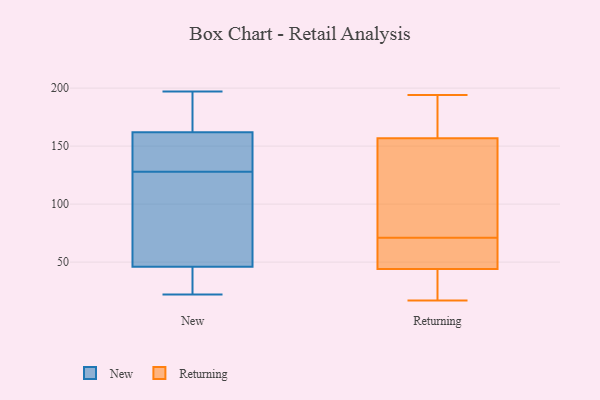
{"axis": {"x": "Conversion Rate (%)", "y": "Value"}, "legend": ["New", "Returning"], "data": [{"x": "", "y": 161, "type": "New"}, {"x": "", "y": 128, "type": "New"}, {"x": "", "y": 162, "type": "New"}, {"x": "", "y": 23, "type": "New"}, {"x": "", "y": 197, "type": "New"}, {"x": "", "y": 27, "type": "New"}, {"x": "", "y": 161, "type": "New"}, {"x": "", "y": 172, "type": "New"}, {"x": "", "y": 126, "type": "New"}, {"x": "", "y": 22, "type": "New"}, {"x": "", "y": 51, "type": "New"}, {"x": "", "y": 33, "type": "New"}, {"x": "", "y": 91, "type": "New"}, {"x": "", "y": 192, "type": "New"}, {"x": "", "y": 46, "type": "New"}, {"x": "", "y": 162, "type": "New"}, {"x": "", "y": 181, "type": "New"}, {"x": "", "y": 128, "type": "New"}, {"x": "", "y": 97, "type": "Returning"}, {"x": "", "y": 153, "type": "Returning"}, {"x": "", "y": 47, "type": "Returning"}, {"x": "", "y": 58, "type": "Returning"}, {"x": "", "y": 19, "type": "Returning"}, {"x": "", "y": 17, "type": "Returning"}, {"x": "", "y": 158, "type": "Returning"}, {"x": "", "y": 129, "type": "Returning"}, {"x": "", "y": 188, "type": "Returning"}, {"x": "", "y": 63, "type": "Returning"}, {"x": "", "y": 43, "type": "Returning"}, {"x": "", "y": 28, "type": "Returning"}, {"x": "", "y": 71, "type": "Returning"}, {"x": "", "y": 194, "type": "Returning"}, {"x": "", "y": 168, "type": "Returning"}]}